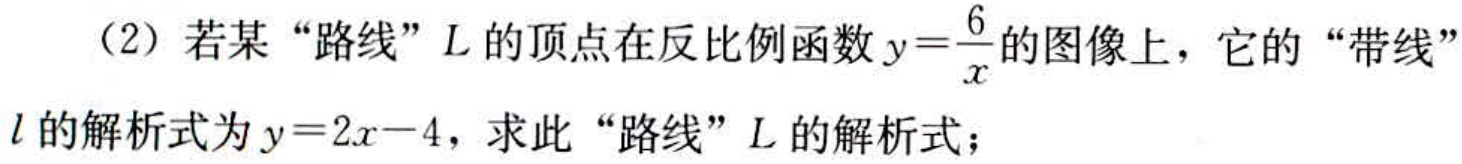
（2）若某“路线”$L$的顶点在反比例函数$y = \frac{6}{x}$的图像上，它的“带线”$l$的解析式为$y = 2x - 4$，求此“路线”$L$的解析式；